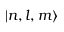
| n , l , m \rangle